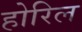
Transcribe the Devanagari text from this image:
होरिल